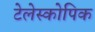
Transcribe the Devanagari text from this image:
टेलेस्कोपिक